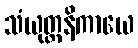
သံယုတ္တနိကာယေ